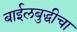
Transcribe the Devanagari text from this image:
बाईलबुद्धीचा